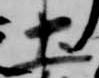
土